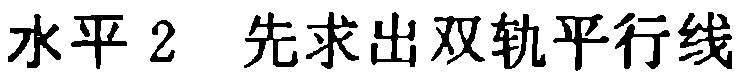
水平 2  先求出双轨平行线